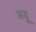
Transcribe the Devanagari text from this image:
भबू